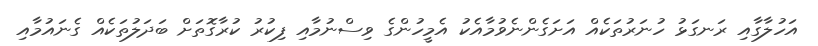
އަހުލާގާއި ރަނގަޅު ހުނަރުތަކެއް އަށަގެންނެވުމާއެކު އެމީހުންގެ ވިސްނުމާއި ފިކުރު ކުރާގޮތަށް ބަދަލުތަކެއް ގެނައުމާއި